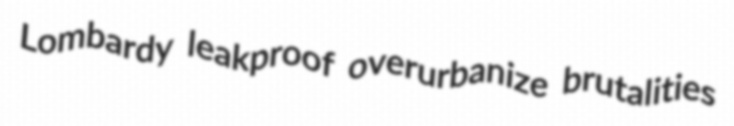
Lombardy leakproof overurbanize brutalities